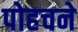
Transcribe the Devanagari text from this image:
पोहचने